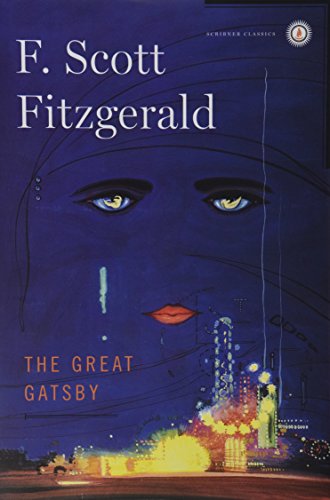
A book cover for The Great Gatsby (Scribner Classics); F. Scott Fitzgerald; Literature & Fiction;